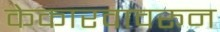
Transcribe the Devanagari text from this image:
केकारवावरून